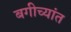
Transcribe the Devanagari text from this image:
बगीच्यांत